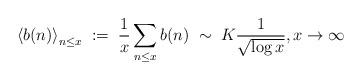
LaTeX: \begin{align*}\left<b(n)\right>_{n\leq x} \;:=\; \frac{1}{x} \sum_{n\leq x} b(n) \;\sim\; K \frac{1}{\sqrt{\log x}}, x\to \infty\end{align*}